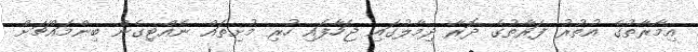
އިމާރާތުގެ އުތުރު ފަރާތުގެ ދޮރާ ދިމާލުގައި ޖަހާފައި ހުރި މުށިތައް ނެއްޓިގެން ބިންމައްޗަށް